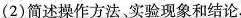
(2)简述操作方法，实验现象和结论。